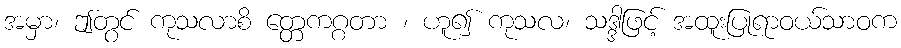
အမှာ၊ ဤတွင် ကုသလာစိ တ္တေကဂ္ဂတာ ၊ ဟူ၍ ကုသလ၊ သဒ္ဒါဖြင့် အထူးပြုရာဝယ်သာဝက